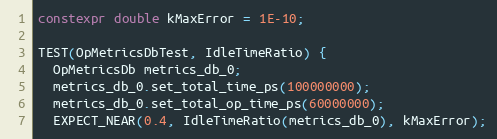
Language: C++
constexpr double kMaxError = 1E-10;

TEST(OpMetricsDbTest, IdleTimeRatio) {
  OpMetricsDb metrics_db_0;
  metrics_db_0.set_total_time_ps(100000000);
  metrics_db_0.set_total_op_time_ps(60000000);
  EXPECT_NEAR(0.4, IdleTimeRatio(metrics_db_0), kMaxError);